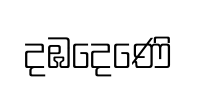
දඹදෙණෙි